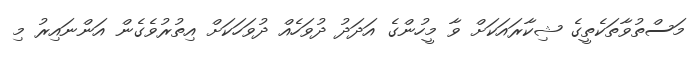
މަސްތުވާތަކެތީގެ ޝިކާރައަކަށް ވާ މީހުންގެ އަދަދު ދުވަހެއް ދުވަހަކަށް އިތުރުވެގެން އަންނައިރު މި